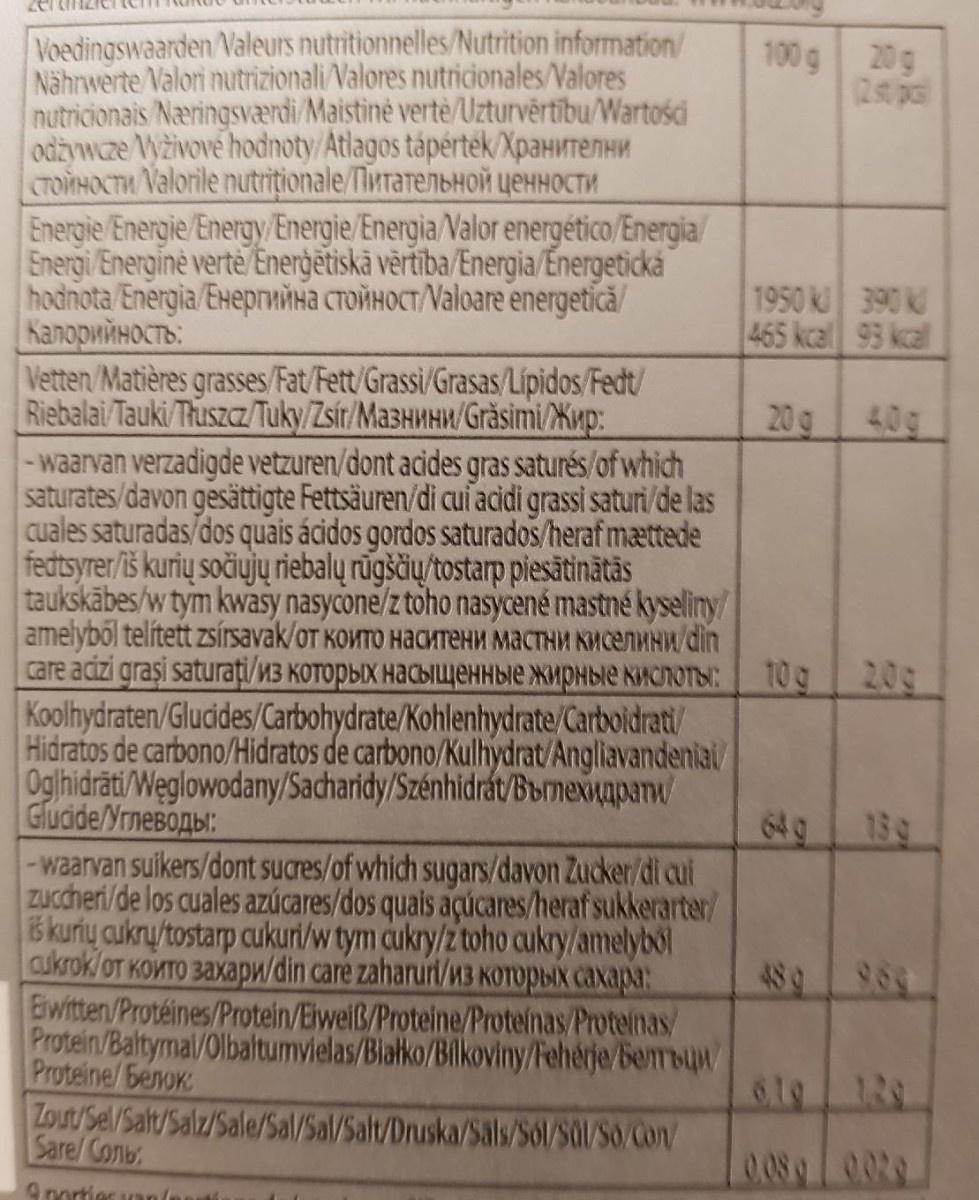
Voedingswaarden Naleurs nutritionnelles/Nutrition information/ Nährwerte Valori nutrizionali Valores nutricionales/Valores nutricionais Næringsværdi/Maistinė verte/Uzturvērtību/Wartości odzywcze Vyživové hodnoty/Atlagos tápérteék/XpaHNTeNHM стойности Мalorile nutrfionale/Питательной ценности Energie Energie/Energy/Energie/Energia Valor energético/Energia/ Energi Energine verte Enerģetiskä vērtiba/Energia/Energetická hodnota /Energia/EHeprwina CTONHOCT/Valoare energetică/ Калорийность: Vetten/Matières grasses/Fat/Fett/Grassi/Grasas/Lipidos/Fedt/ Riebalai Tauki/Truszca/Tuky/Zsir/Ma3HMHW/Grăsimi/Kup: 100g 20g (250 p 1950 k 390 k 465 kcal 93 kcal 20g 40g -waarvan verzadigde vetzuren/dont acides gras saturés/of which saturates/davon gesättigte Fettsäuren/di cui acidi grassi saturi/de las cuales saturadas/dos quais ácidos gordos saturados/heraf mættede fedtsyrer/iš kurių sočiujų riebalų rūgščių/tostarp piesātinātās taukskābes/w tym kwasy nasycone/z toho nasycené mastné kyseliny/ amelybol telitett zsisavak/oт които наситени мастни киселини/ din care acizi grasi saturai/из которых насыщенные жирные киИСЛОТЫ: Koolhydraten/Gludides/Carbohydrate/Kohlenhydrate/Carboldrati/ Hidratos de carbono/Hidratos de carbono/Kullhydrat/Angliavandenial/ Oglhidräti/Weglowodany/Sacharidy/Szénhidrát/Bbrnexinapanu Gluide/YrneBoAbl: -waarvan suikers/dont sucres/of which sugars/davon Zucker/di cul zuccheri/de los cuales azúcares/dos quais açúcares/heraf sukkerarter/ š kurių cukry/tostarp cukuri/w tym cukry/z toho cukry/amelyból aukrok/oT KOWTO 3axapw/din care zaharuri/M3 KOTOPBIX caxapa: Eiwitten/Protéines/Protein/Eiweiß/Proteine/Proteinas/Proteinas/ Protein/Baltymal/Olbaltumvielas/Biatko/Bilkoviny/Fehérje/bemrbuw/ Proteine/benok Zout/Sel/Salt/Salz/Sale/Sal/Sal/Salt/Druska/Sals/Só/SQ/S0/Con/ Sare/ Coль: 209 109 64 g 139 489 969 619 129 0.089 0029 9norties an(nnuti